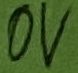
Text: 0V